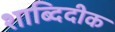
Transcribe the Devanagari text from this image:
शाब्दिदीक